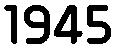
1945